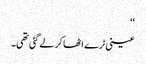
‘‘
عینی ٹرے اٹھا کر لے گئی تھی۔